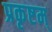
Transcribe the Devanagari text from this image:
प्रकृष्टम्